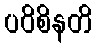
ပဝိစိနတိ